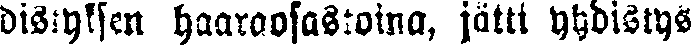
distyksen haaraosastoina, jätti yhdistys